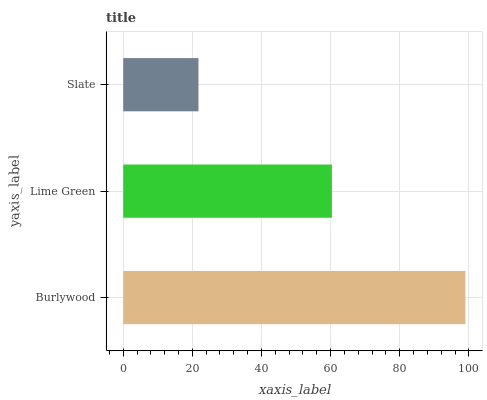
| yaxis_label | bars |
 | --- | --- |
 | Burlywood | 99 |
 | Lime Green | 60.4 |
 | Slate | 21.8 |